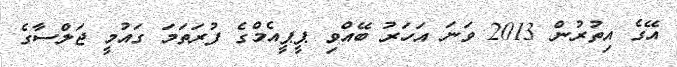
އޭގެ އިތުރުން 2013 ވަނަ އަހަރު ބޭއްވި ޕީޕީއެމްގެ ފުރަތަމަ ގައުމީ ޖަލްސާގެ